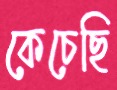
কেচেছি